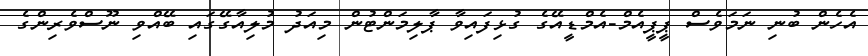
އެހެން ބުނި ނަމަވެސް ޕީޕީއެމް-އެމްޑީއޭގެ ގުޅިފައިވާ ޕާލިމަންޓުން މިއަދު މުލިއާގޭގައި ބޭއްވި ނޫސްވެރިންގެ